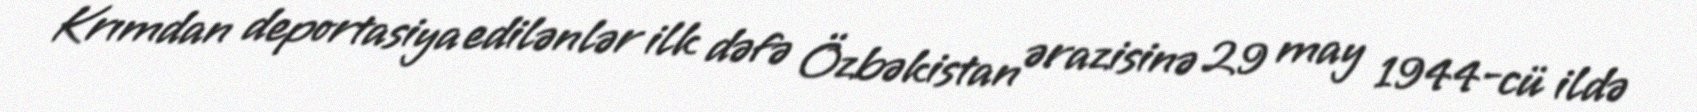
Krımdan deportasiya edilənlər ilk dəfə Özbəkistan ərazisinə 29 may 1944-cü ildə